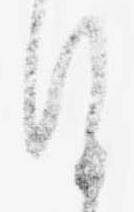
謹